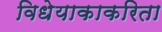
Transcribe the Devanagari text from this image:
विधेयाकाकरिता